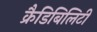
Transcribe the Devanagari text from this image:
क्रैडिबिलिटी